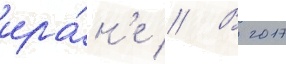
ира́н'е // В 2017